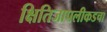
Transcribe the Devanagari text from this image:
क्षितिजापलीकडचा